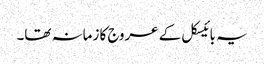
یہ بائیسکل کے عروج کا زمانہ تھا۔